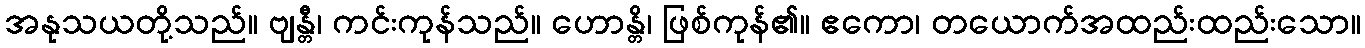
အနုသယတို့သည်။ ဗျန္တီ၊ ကင်းကုန်သည်။ ဟောန္တိ၊ ဖြစ်ကုန်၏။ ဧကော၊ တယောက်အထည်းထည်းသော။